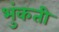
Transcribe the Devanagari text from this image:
भुंकती